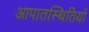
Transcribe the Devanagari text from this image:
आपातस्थितियों